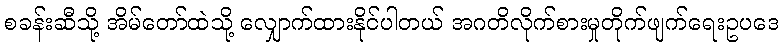
စခန်းဆီသို့ အိမ်တော်ထဲသို့ လျှောက်ထားနိုင်ပါတယ် အဂတိလိုက်စားမှုတိုက်ဖျက်ရေးဥပဒေ